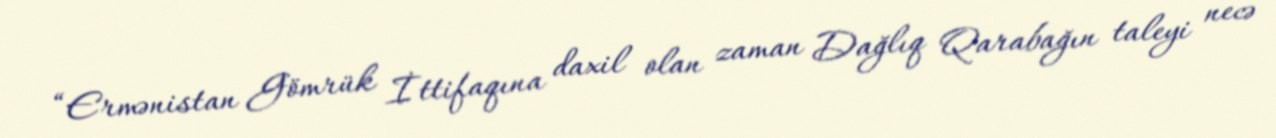
“Ermənistan Gömrük İttifaqına daxil olan zaman Dağlıq Qarabağın taleyi necə